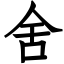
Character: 舍